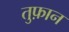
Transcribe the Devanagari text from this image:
तुफ़ान